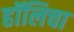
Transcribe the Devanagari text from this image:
हॉलिचा